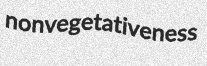
nonvegetativeness